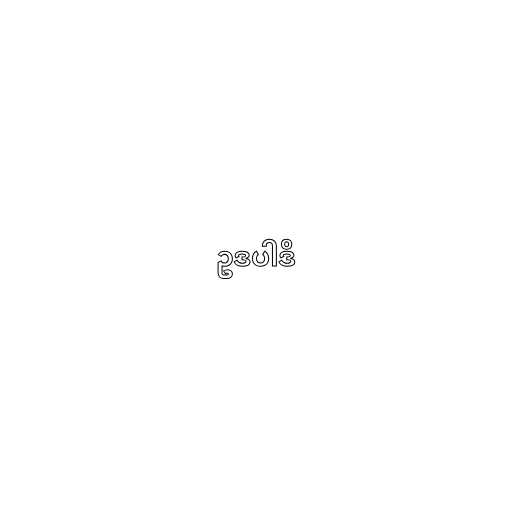
ဥဒပါဒိ